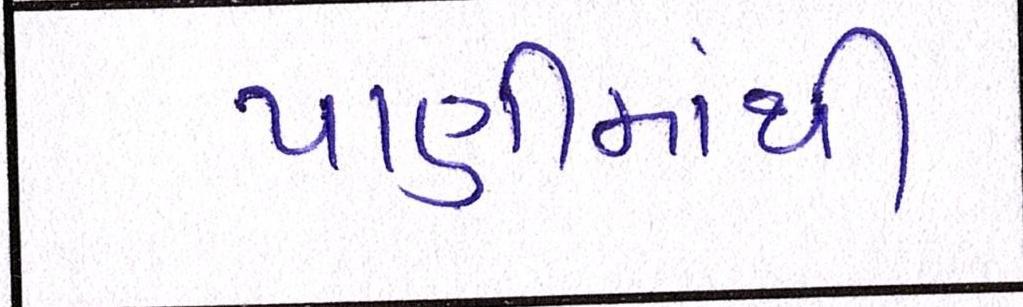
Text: પાણીમાંથી